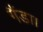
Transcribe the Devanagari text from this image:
गैंडा।